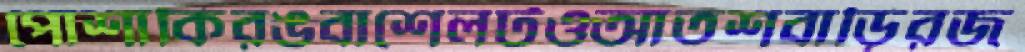
পোশাকিরঙবাশেলটওআতশবাড়িরজ